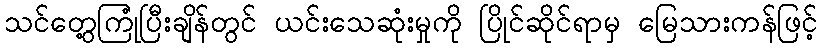
သင်တွေ့ကြုံပြီးချိန်တွင် ယင်းသေဆုံးမှုကို ပြိုင်ဆိုင်ရာမှ မြေသားကန်ဖြင့်